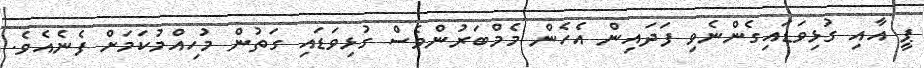
ޕީ އާއި ގުޅިވަޑައިގެންނެވި ފަދައިން އެހެން މެމްބަރުންވެސް ގުޅިވަޑައި ގަތުން މުހިއްމުކަމަށް ފެނެއެވެ.